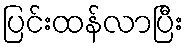
ပြင်းထန်လာပြီး